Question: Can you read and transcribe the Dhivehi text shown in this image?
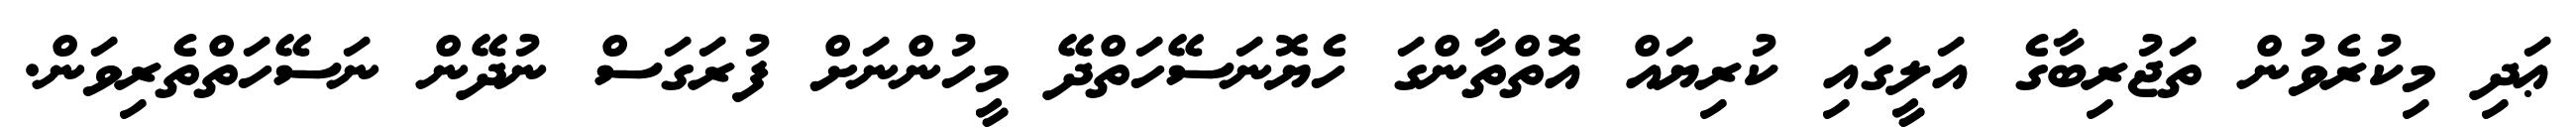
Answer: ޢަދި މިކުރެވުން ތަޖުރިބާގެ އަލީގައި ކުރިޔައް އޮތްތާންގަ ހެޔޮނަސޭހަތްދޭ މީހުންނަށް ފުރަގަސް ނުދޭން ނަސޭހަތްތެރިވަން.